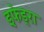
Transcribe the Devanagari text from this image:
इफेड्रा